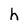
Character: h